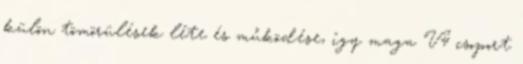
külön tömörülések léte és működése, így maga V4 csoport